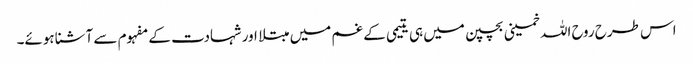
اس طرح روح اللہ خمینی بچپن میں ہی یتیمی کے غم میں مبتلا اور شہادت کے مفہوم سے آشنا ہوئے۔